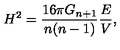
H ^ { 2 } = \frac { 1 6 \pi G _ { n + 1 } } { n ( n - 1 ) } \frac { E } { V } ,